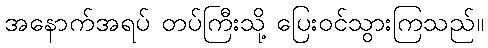
အနောက်အရပ် တပ်ကြီးသို့ ပြေးဝင်သွားကြသည်။